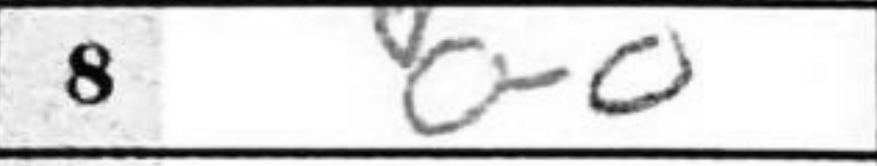
Transcription: O-O